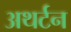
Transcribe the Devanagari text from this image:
अथर्टन